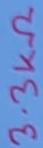
Text: 3.3KΩ